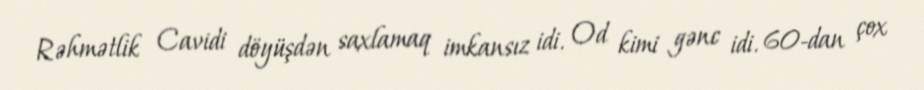
Rəhmətlik Cavidi döyüşdən saxlamaq imkansız idi. Od kimi gənc idi. 60-dan çox